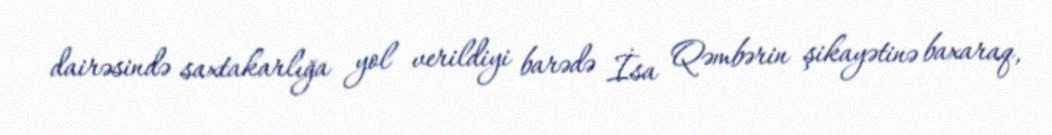
dairəsində saxtakarlığa yol verildiyi barədə İsa Qəmbərin şikayətinə baxaraq,